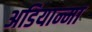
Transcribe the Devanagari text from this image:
अडियान्मा